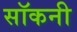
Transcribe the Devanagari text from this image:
सॉकनी